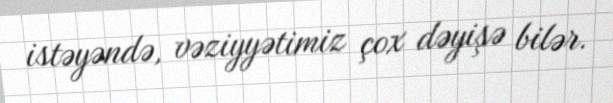
istəyəndə, vəziyyətimiz çox dəyişə bilər.